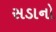
સડાનો